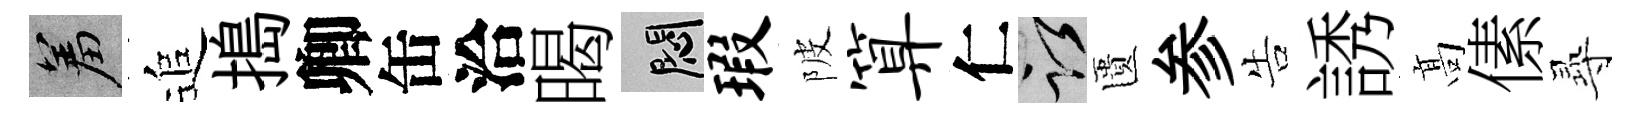
羞追搗卿缶洽暍悶瑕陂算仁謹匱参告誘髙傃𡬶